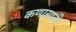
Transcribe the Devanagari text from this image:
कणासाठी